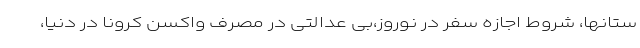
ستانها، شروط اجازه سفر در نوروز،بی عدالتی در مصرف واکسن کرونا در دنیا،